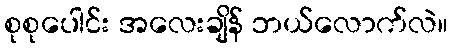
စုစုပေါင်း အလေးချိန် ဘယ်လောက်လဲ။